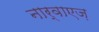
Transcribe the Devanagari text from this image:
नार्वाएज़